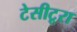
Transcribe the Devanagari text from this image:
टेसीटूरा